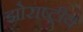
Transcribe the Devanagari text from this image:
झोराष्ट्रीय